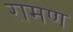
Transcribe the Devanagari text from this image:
रामण